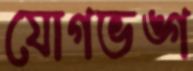
যোগভঙ্গ